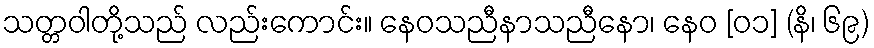
သတ္တဝါတို့သည် လည်းကောင်း။ နေဝသညီနာသညီနော၊ နေဝ [၀၁] (နိ၊ ၆၉)